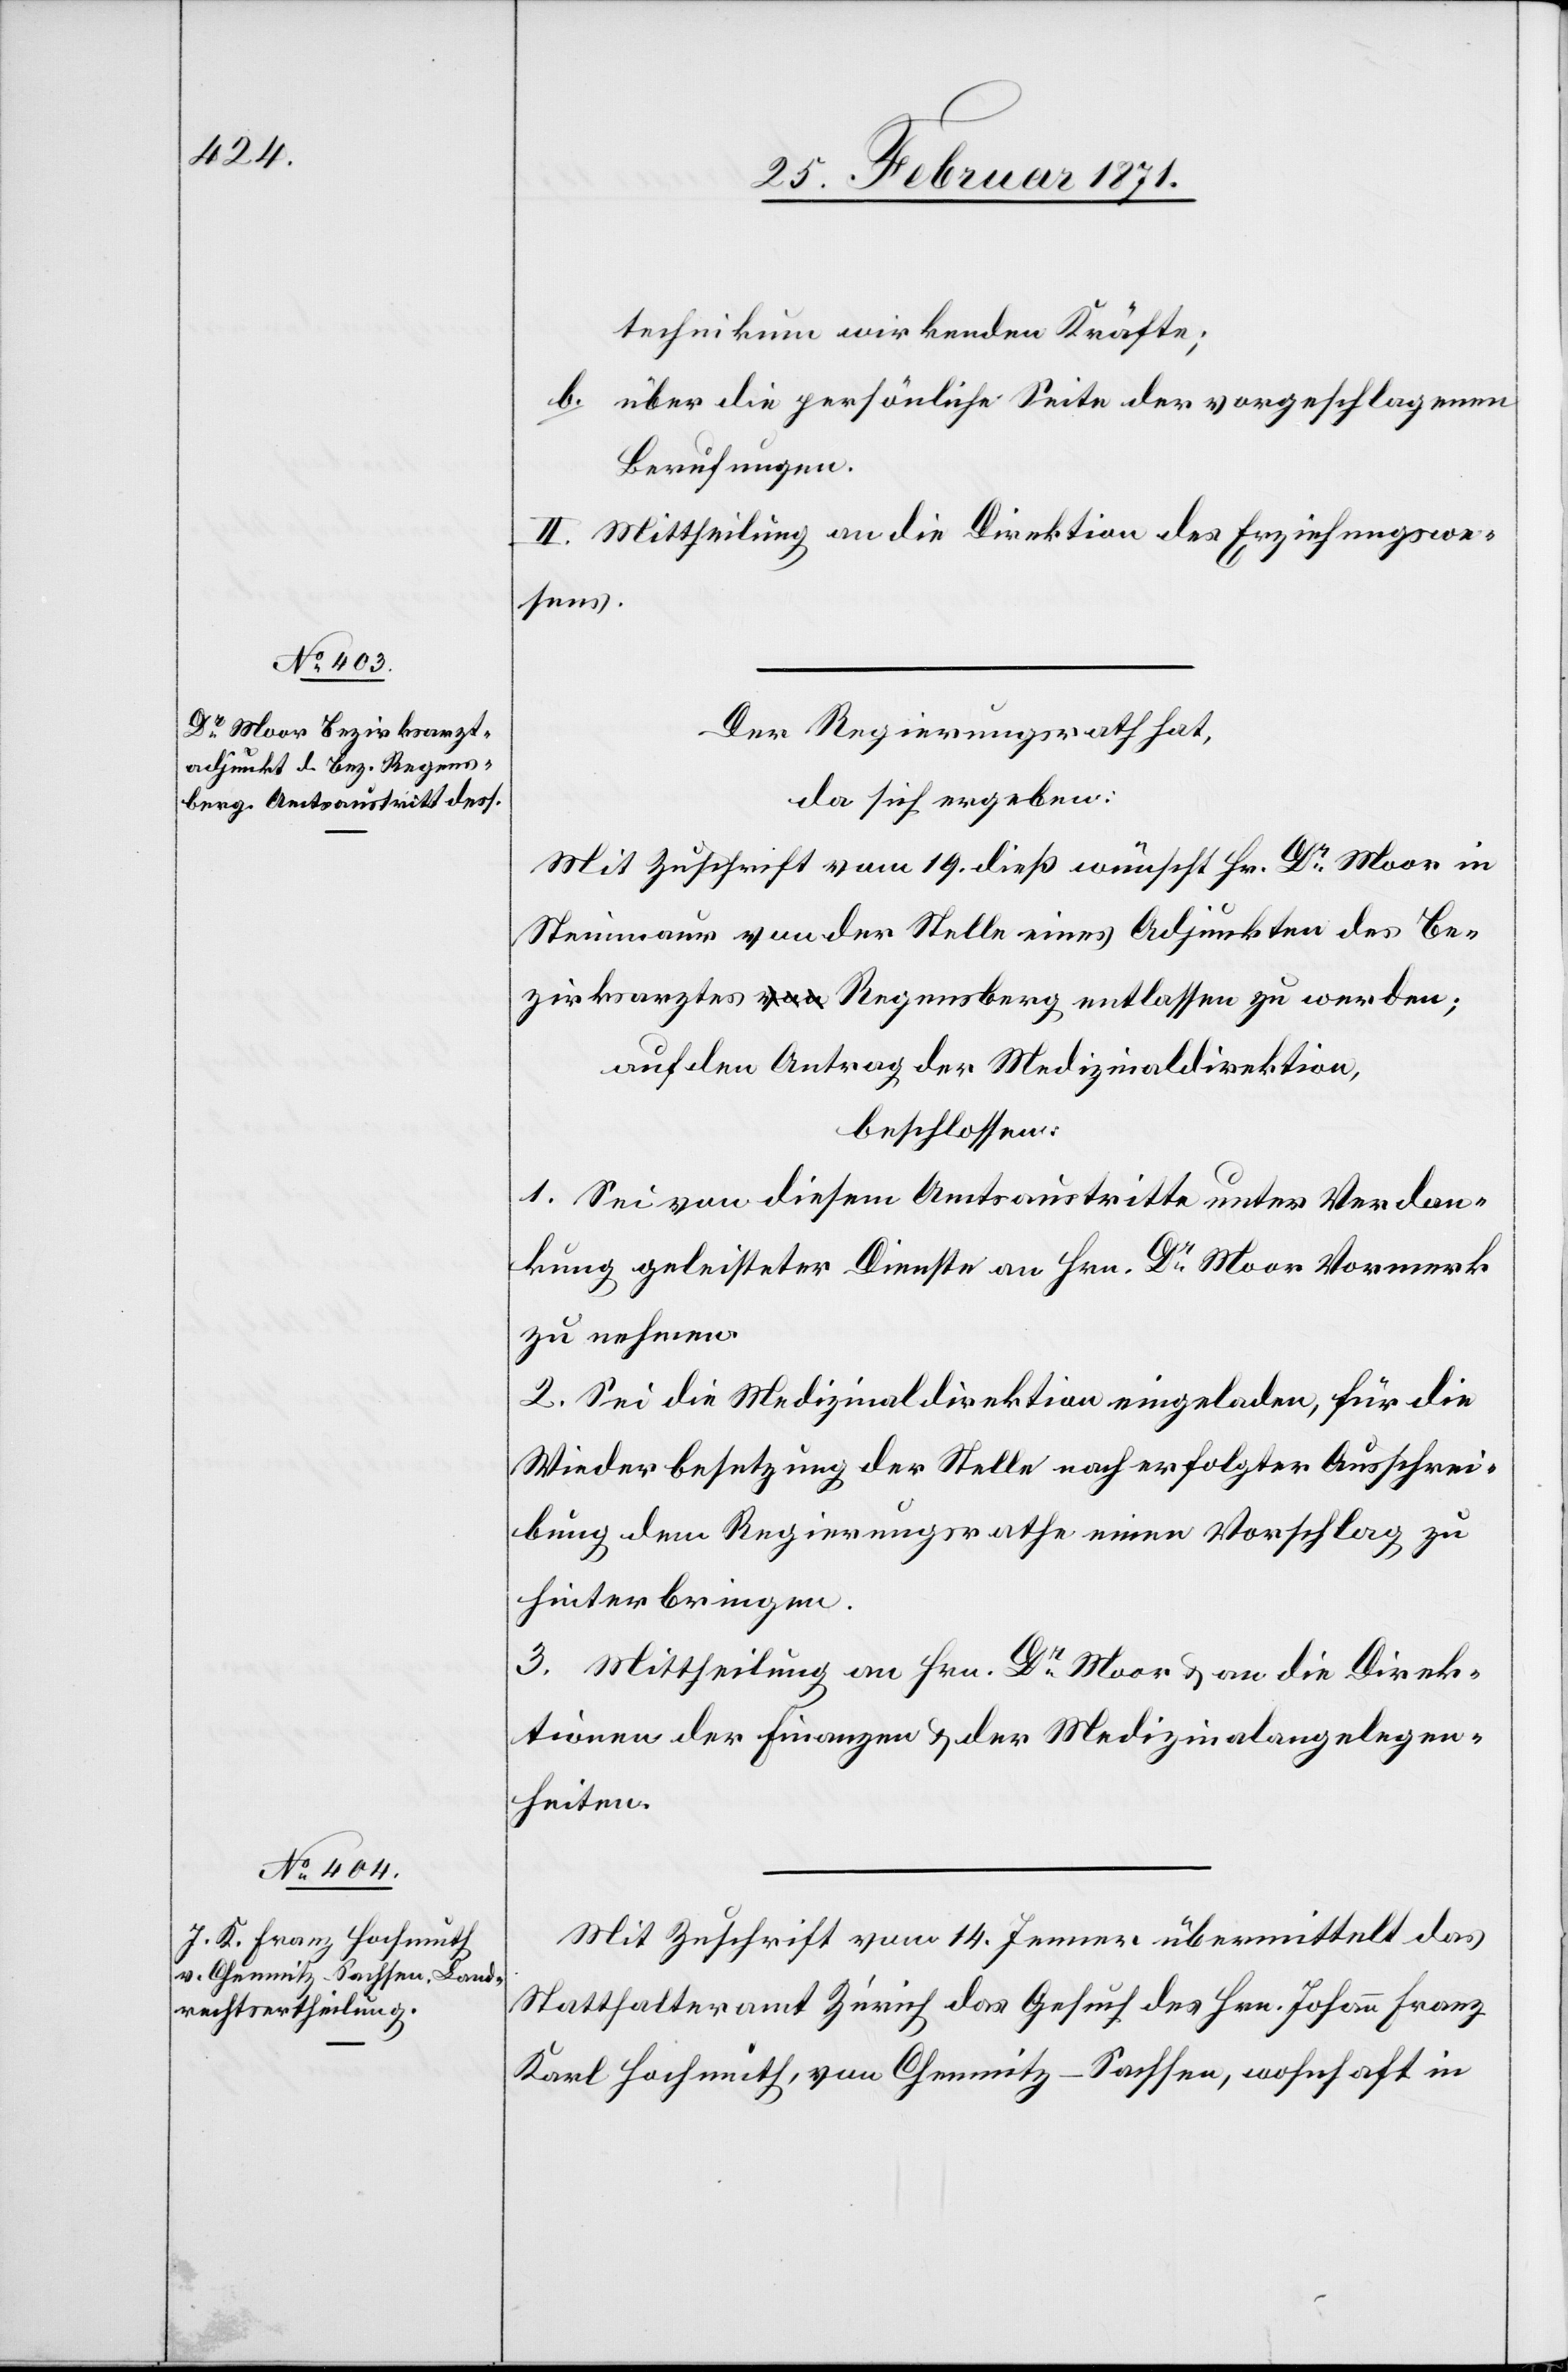
technikum wirkenden Kräfte;
b. über die persönliche Seite der vorgeschlagenen
Berufungen.
II. Mittheilung an die Direktion des Erziehungswe¬
sens.
Der Regierungsrath hat,
da sich ergeben:
Mit Zuschrift vom 19. dieß wünscht Hr. Dr. Moor in
Steinmaur von der Stelle eines Adjunkten des Be¬
zirksarztes Regensberg entlassen zu werden;
auf den Antrag der Medizinaldirektion,
beschlossen:
1. Sei von diesem Amtsaustritte unter Verdan¬
kung geleisteter Dienste an Hrn. Dr. Moor Vormerk
zu nehmen.
2. Sei die Medizinaldirektion eingeladen, für die
Wiederbesetzung der Stelle nach erfolgter Ausschrei¬
bung dem Regierungsrathe einen Vorschlag zu
hinterbringen.
3. Mittheilung an Hrn. Dr. Moor u. an die Direk¬
tion der Finanzen u. der Medizinalangelegen¬
heiten.
Mit Zuschrift vom 14. Jenner übermittelt das
Statthalteramt Zürich das Gesuch des Hrn. Johann Franz
Karl Hochmuth, von Chemnitz-Sachsen, wohnhaft in